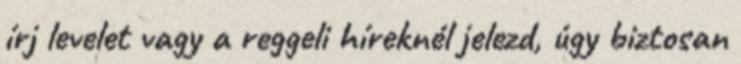
írj levelet vagy a reggeli híreknél jelezd, úgy biztosan